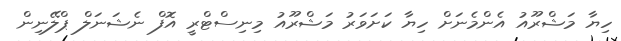
ހިޔާ މަޝްރޫއު އެންމެނަށް ހިޔާ ކަށަވަރު މަޝްރޫއު މިނިސްޓްރީ އޮފް ނެޝަނަލް ޕްލޭނިން